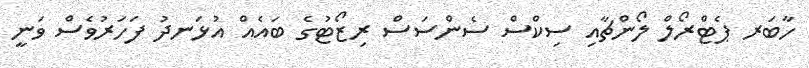
ހާބަރ ޕެޓްރޯލް ލޯންޗާއި ސިކްސް ސެންސަސް ރިޒޯޓުގެ ބައެއް އުޅަނދު ފަހަރުވެސް ވަނީ